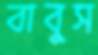
বাবুস